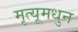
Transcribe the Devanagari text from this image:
मृत्यूमधुन